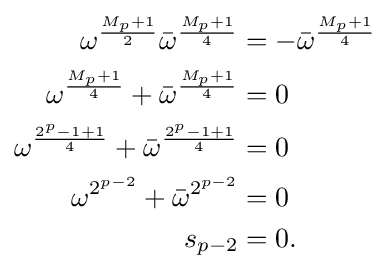
{\begin{aligned}\omega ^{\frac {M_{p}+1}{2}}{\bar {\omega }}^{\frac {M_{p}+1}{4}}&=-{\bar {\omega }}^{\frac {M_{p}+1}{4}}\\\omega ^{\frac {M_{p}+1}{4}}+{\bar {\omega }}^{\frac {M_{p}+1}{4}}&=0\\\omega ^{\frac {2^{p}-1+1}{4}}+{\bar {\omega }}^{\frac {2^{p}-1+1}{4}}&=0\\\omega ^{2^{p-2}}+{\bar {\omega }}^{2^{p-2}}&=0\\s_{p-2}&=0.\end{aligned}}